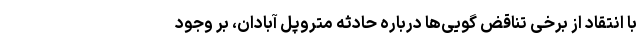
با انتقاد از برخی تناقض گویی‌ها درباره حادثه متروپل آبادان، بر وجود